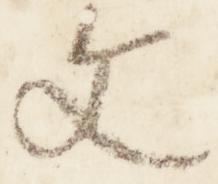
文